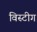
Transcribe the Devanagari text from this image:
विस्टीग